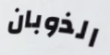
الذوبان